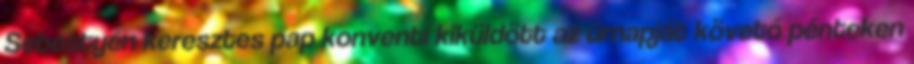
Sebestyén keresztes pap konventi kiküldött az úrnapját követő pénteken